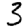
Digit: 3